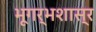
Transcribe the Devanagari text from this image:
भूगर्भशास्र